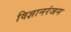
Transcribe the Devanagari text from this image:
विज्ञानरंजन